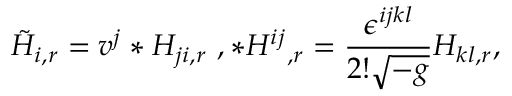
{ \tilde { H } } _ { i , r } = v ^ { j } * H _ { j i , r } \ , { * H ^ { i j } } _ { , r } = \frac { \epsilon ^ { i j k l } } { 2 ! \sqrt { - g } } H _ { k l , r } ,